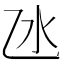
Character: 氹